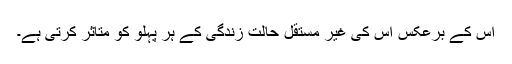
اس کے برعکس اس کی غیر مستقل حالتِ زندگی کے ہر پہلو کو متاثر کرتی ہے۔